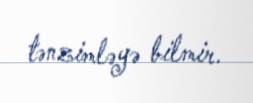
tənzimləyə bilmir.